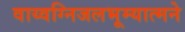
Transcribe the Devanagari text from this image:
वाय्वग्निजलभूम्यात्मने